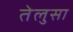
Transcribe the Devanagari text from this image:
तेलुसा